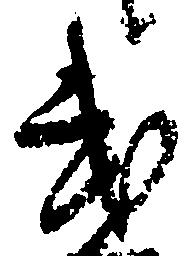
武